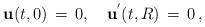
LaTeX: \begin{align*}{\bf u}(t,0)\,=\,0,\quad {\bf u}^{'}(t,R)\,=\,0\,{,}\end{align*}